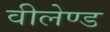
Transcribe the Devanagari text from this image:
वीलेण्ड